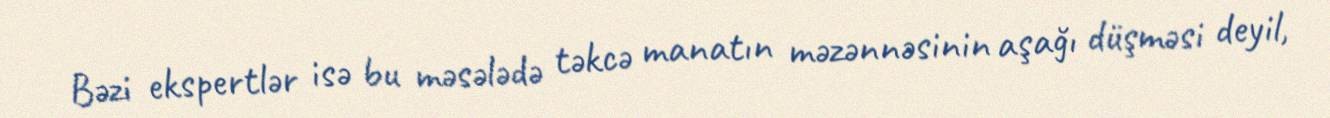
Bəzi ekspertlər isə bu məsələdə təkcə manatın məzənnəsinin aşağı düşməsi deyil,